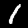
Digit: 1